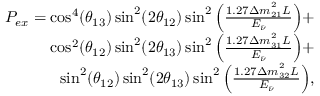
\begin{array} { r } { P _ { e x } = \cos ^ { 4 } ( \theta _ { 1 3 } ) \sin ^ { 2 } ( 2 \theta _ { 1 2 } ) \sin ^ { 2 } \Big ( \frac { 1 . 2 7 \Delta m _ { 2 1 } ^ { ^ { 2 } } L } { E _ { \bar { \nu } } } \Big ) + } \\ { \cos ^ { 2 } ( \theta _ { 1 2 } ) \sin ^ { 2 } ( 2 \theta _ { 1 3 } ) \sin ^ { 2 } \Big ( \frac { 1 . 2 7 \Delta m _ { 3 1 } ^ { ^ { 2 } } L } { E _ { \bar { \nu } } } \Big ) + } \\ { \sin ^ { 2 } ( \theta _ { 1 2 } ) \sin ^ { 2 } ( 2 \theta _ { 1 3 } ) \sin ^ { 2 } \Big ( \frac { 1 . 2 7 \Delta m _ { 3 2 } ^ { ^ { 2 } } L } { E _ { \bar { \nu } } } \Big ) , } \end{array}